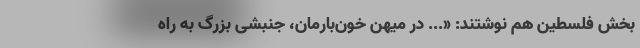
بخش فلسطین هم نوشتند: «... در میهن خون‌بارمان، جنبشی بزرگ به راه